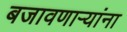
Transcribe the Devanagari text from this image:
बजावणाऱ्यांना